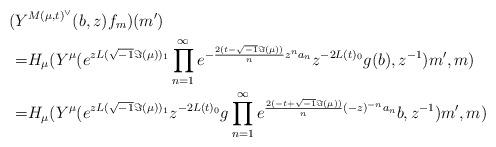
LaTeX: \begin{align*}(Y&^{M(\mu,t)^\vee}(b,z)f_m)(m')\\=&H_\mu(Y^\mu(e^{zL(\sqrt{-1}\Im(\mu))_1}\prod_{n=1}^{\infty}e^{-\frac{2(t-\sqrt{-1}\Im(\mu))}{n}z^na_n}z^{-2L(t)_0}g(b),z^{-1})m',m)\\=&H_\mu(Y^\mu(e^{zL(\sqrt{-1}\Im(\mu))_1}z^{-2L(t)_0}g\prod_{n=1}^{\infty}e^{\frac{2(-t+\sqrt{-1}\Im(\mu))}{n}(-z)^{-n}a_n}b,z^{-1})m',m)\end{align*}